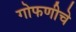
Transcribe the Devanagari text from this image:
गोफणीचे